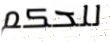
للحكم